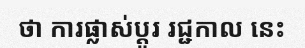
ថា ការផ្លាស់ប្តូរ រជ្ជកាល នេះ